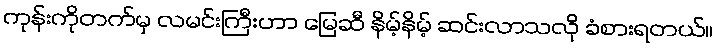
ကုန်းကိုတက်မှ လမင်းကြီးဟာ မြေဆီ နိမ့်နိမ့် ဆင်းလာသလို ခံစားရတယ်။